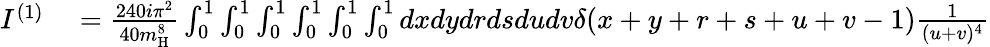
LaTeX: \begin{array}{rl}{I^{(1)}}&{{}=\frac{240i\pi^{2}}{40m_{\mathrm{H}}^{8}}\int_{0}^{1}\int_{0}^{1}\int_{0}^{1}\int_{0}^{1}\int_{0}^{1}\int_{0}^{1}dxdydrdsdudv\delta(x+y+r+s+u+v-1)\frac{1}{(u+v)^{4}}}\end{array}